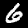
Digit: 6